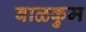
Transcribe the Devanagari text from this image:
बाळकुम